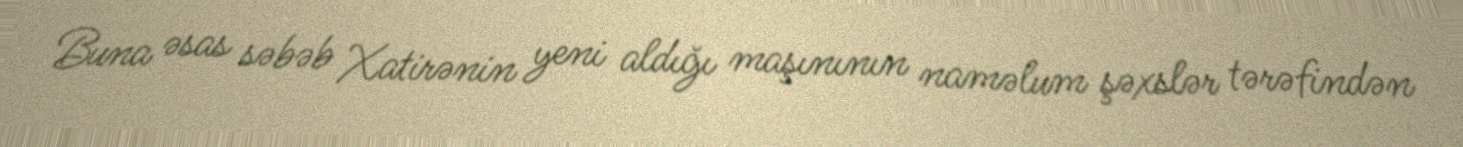
Buna əsas səbəb Xatirənin yeni aldığı maşınının naməlum şəxslər tərəfindən